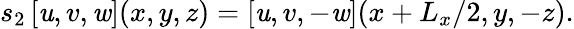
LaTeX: s_{2}\left[\mathit{u},v,\mathit{w}\right](x,y,z)=\left[\mathit{u},v,-\mathit{w}\right](x+L_{x}/2,y,-z).